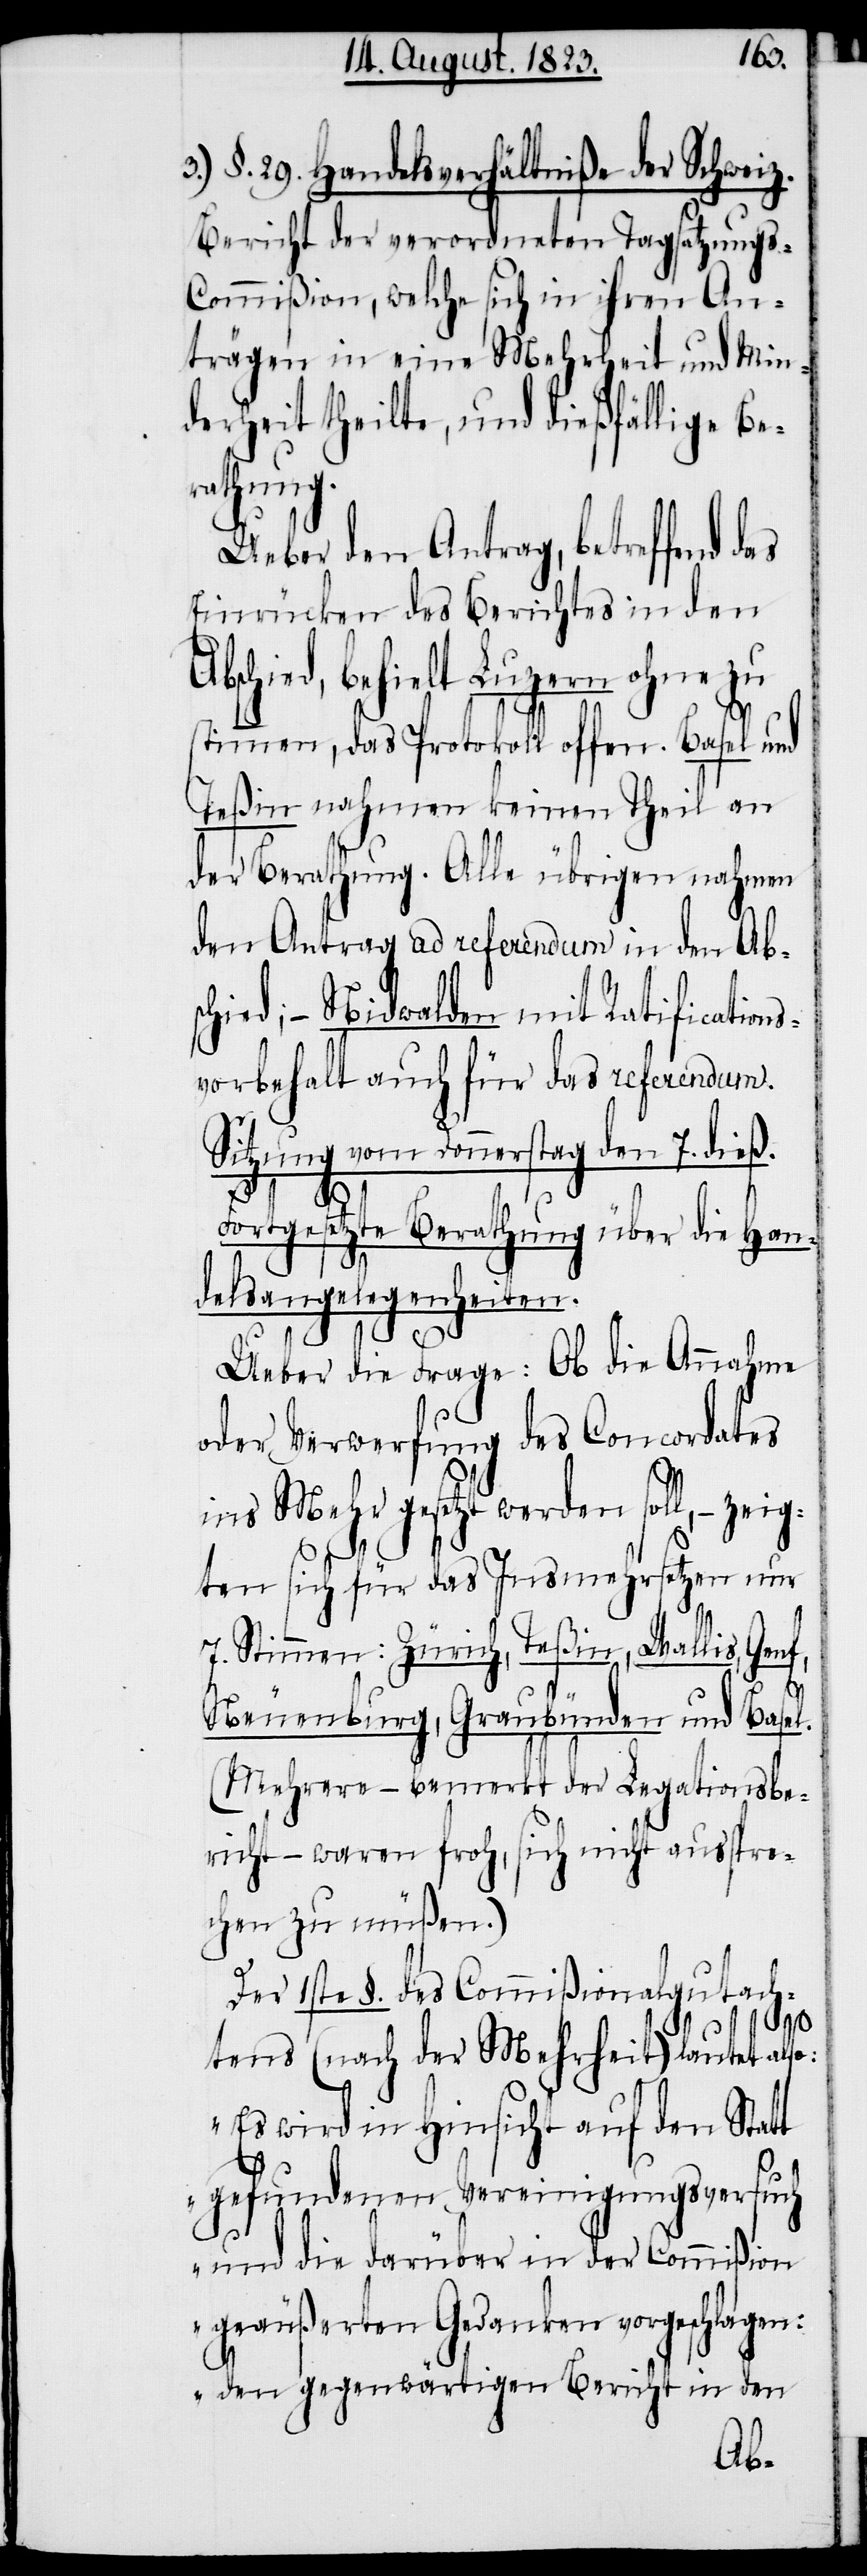
3.) §. 29. Handelsverhältniße der Schweiz.
Bericht der verordneten Tagsatzungs-C¬
ommißion, welche sich in ihren An¬
trägen in eine Mehrheit und Min¬
derheit theilte, und dießfällige Be¬
rathung.
Ueber den Antrag, betreffend
Einrücken des Berichtes in den
Abschied, behielt Luzern ohne zu
stimmen, das Protokoll offen. Basel und
Teßin nahmen keinen Theil an
der Berathung. Alle übrigen nahmen
den Antrag ad referendum in den Abs¬
chied; − Nidwalden mit Ratification¬
svorbehalt auch für das referendum.
Sitzung vom Donnerstag den 7. dieß.
Fortgesetzte Berathung über die Han¬
delsangelegenheiten.
Ueber die Frage: Ob die Annahme
oder Verwerfung des Concordates
ins Mehr gesetzt werden soll, − zeig¬
ten sich für das Insmehrsetzen nur
7 Stimmen: Zürich, Teßin, Wallis,
Neuenburg, Graubünden und Basel.
(Mehrere – bemerkt der Legationsbe¬
richt – waren froh, sich nicht ausspre¬
chen zu müßen.)
Der 1ste §. des Commißionalgutach¬
tens (nach der Mehrheit) lautet also:
„Es wird in Hinsicht auf den Statt
gefundenen Vereinigungsversuch
und die darüber in der Commißion
geäußerten Gedanken vorgeschlagen:
den gegenwärtigen Bericht in den